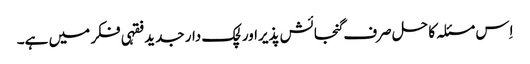
اِس مسئلہ کا حل صرف گنجائش پذیراور لچک دار جدید فقہی فکر میں ہے۔